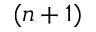
( n + 1 )